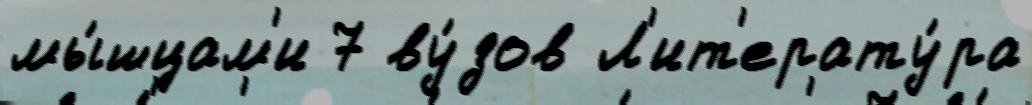
мы́шцам'и 7 ву́зов Л'ит'ерату́ра